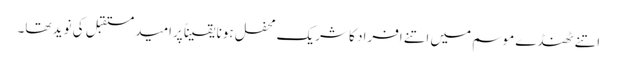
اتنے ٹھنڈے موسم میں اتنے افراد کا شریک محفل ہونا یقیناً پرامید مستقبل کی نوید تھا۔